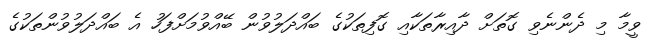
ވީމާ މި ދެންނެވި ގޮތަށް ދާއިރާތަކާއި ގޮފިތަކުގެ ބައްދަލުވުން ބޭއްވުމަށްފަހު އެ ބައްދަލުވުންތަކުގެ